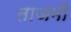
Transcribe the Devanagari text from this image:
ताजमी